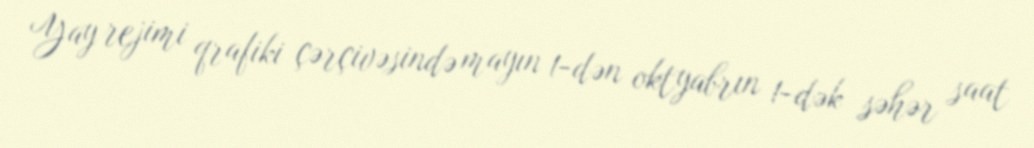
Yay rejimi qrafiki çərçivəsində mayın 1-dən oktyabrın 1-dək səhər saat